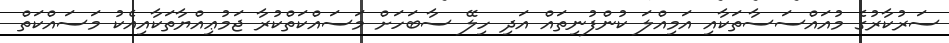
ސަރުކާރުގެ މުއައްސަސާތަކާއި އަމިއްލަ ކުންފުނިތައް އަދި ހިލޭ ސާބަހަށް މަސައްކަތްކުރާ ޖަމުޢިއްޔާތަކާއިއެކު މަސައްކަތް